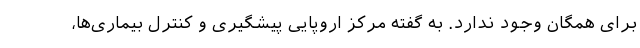
برای همگان وجود ندارد. به گفته مرکز اروپایی پیشگیری و کنترل بیماری‌ها،